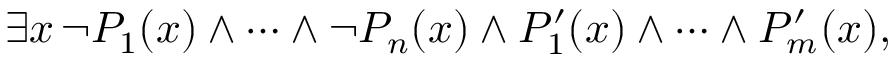
\exists x \, \neg P _ { 1 } ( x ) \land \cdots \land \neg P _ { n } ( x ) \land P _ { 1 } ^ { \prime } ( x ) \land \cdots \land P _ { m } ^ { \prime } ( x ) ,